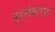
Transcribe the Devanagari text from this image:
पुरालेखागारों